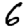
Digit: 6